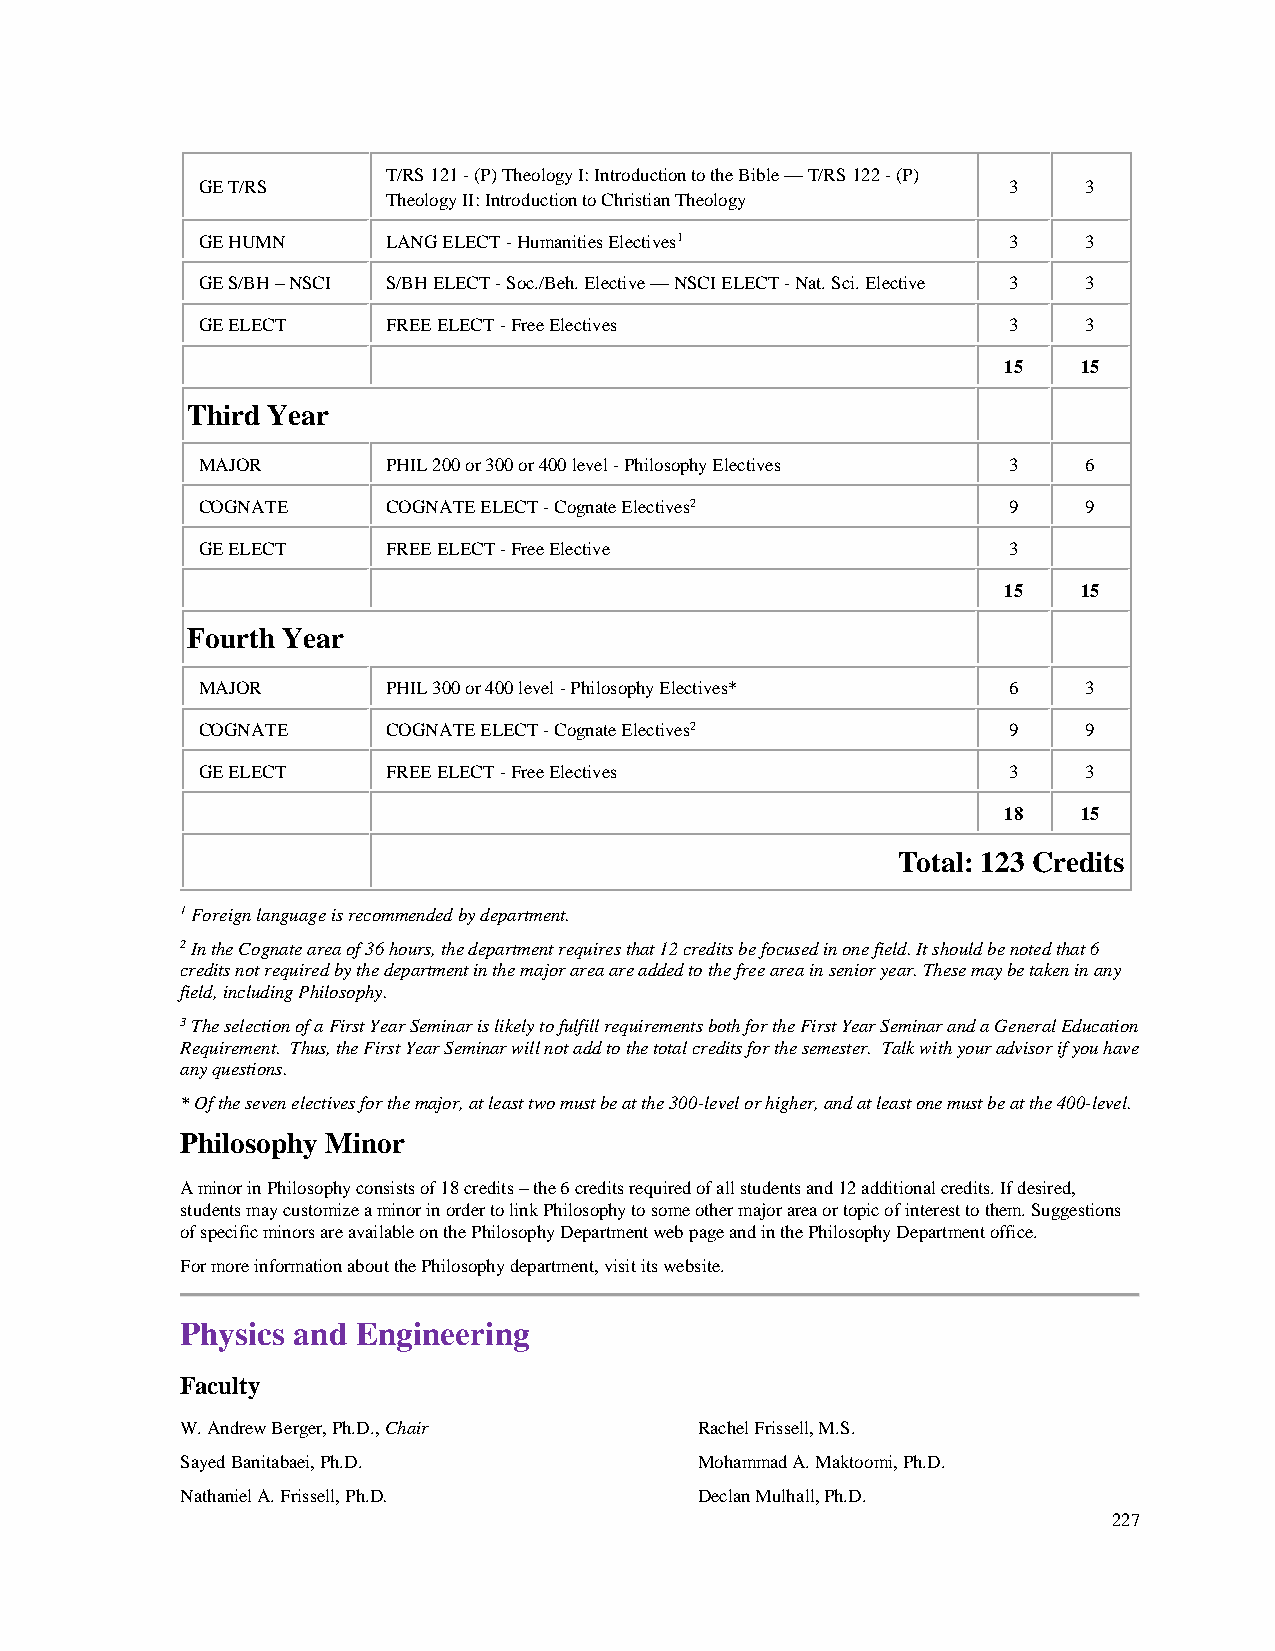
T/RS 121 - (P) Theology I: Introduction to the Bible — T/RS 122 - (P)
 GE T/RS                                               3    3
 Theology II: Introduction to Christian Theology
 GE HUMN      LANG ELECT - Humanities Electives1       3    3
 GE S/BH – NSCI S/BH ELECT - Soc./Beh. Elective — NSCI ELECT - Nat. Sci. Elective 3 3
 GE ELECT     FREE ELECT - Free Electives              3    3
 15    15
 Third Year
 MAJOR        PHIL 200 or 300 or 400 level - Philosophy Electives 3 6
 COGNATE      COGNATE ELECT - Cognate Electives2       9    9
 GE ELECT     FREE ELECT - Free Elective               3
 15    15
 Fourth Year
 MAJOR        PHIL 300 or 400 level - Philosophy Electives* 6 3
 COGNATE      COGNATE ELECT - Cognate Electives2       9    9
 GE ELECT     FREE ELECT - Free Electives              3    3
 18    15
 Total: 123 Credits
 1 Foreign language is recommended by department.
 2 In the Cognate area of 36 hours, the department requires that 12 credits be focused in one field. It should be noted that 6
 credits not required by the department in the major area are added to the free area in senior year. These may be taken in any
 field, including Philosophy.
 3 The selection of a First Year Seminar is likely to fulfill requirements both for the First Year Seminar and a General Education
 Requirement. Thus, the First Year Seminar will not add to the total credits for the semester. Talk with your advisor if you have
 any questions.
 * Of the seven electives for the major, at least two must be at the 300-level or higher, and at least one must be at the 400-level.
 Philosophy Minor
 A minor in Philosophy consists of 18 credits – the 6 credits required of all students and 12 additional credits. If desired,
 students may customize a minor in order to link Philosophy to some other major area or topic of interest to them. Suggestions
 of specific minors are available on the Philosophy Department web page and in the Philosophy Department office.
 For more information about the Philosophy department, visit its website.
 Physics and Engineering
 Faculty
 W. Andrew Berger, Ph.D., Chair    Rachel Frissell, M.S.
 Sayed Banitabaei, Ph.D.           Mohammad A. Maktoomi, Ph.D.
 Nathaniel A. Frissell, Ph.D.      Declan Mulhall, Ph.D.
 227